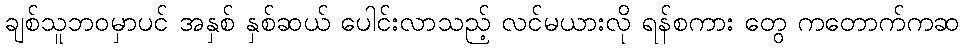
ချစ်သူဘဝမှာပင် အနှစ် နှစ်ဆယ် ပေါင်းလာသည့် လင်မယားလို ရန်စကား တွေ ကတောက်ကဆ